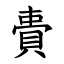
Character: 䝴